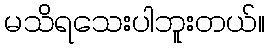
မသိရသေးပါဘူးတယ်။